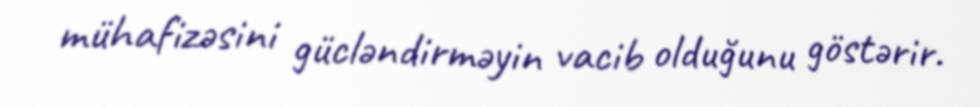
mühafizəsini gücləndirməyin vacib olduğunu göstərir.